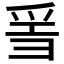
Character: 𤔌